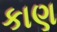
કાણ